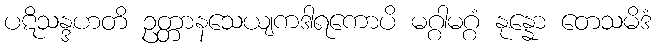
ပဋိသန္ဒဟတိ ဥတ္တာနသေယျကဒါရကောပိ မဂ္ဂါမဂ္ဂံ နုန္နော တေသမိဒံ